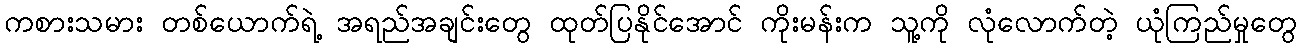
ကစားသမား တစ်ယောက်ရဲ့ အရည်အချင်းတွေ ထုတ်ပြနိုင်အောင် ကိုးမန်းက သူ့ကို လုံလောက်တဲ့ ယုံကြည်မှုတွေ